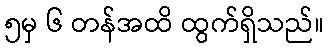
၅မှ ၆ တန်အထိ ထွက်ရှိသည်။